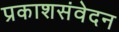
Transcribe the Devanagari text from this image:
प्रकाशसंवेदन